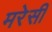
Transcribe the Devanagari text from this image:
मरेसी